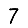
Digit: 7